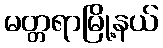
မတ္တရာမြို့နယ်